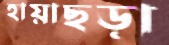
হায়াছড়া